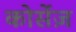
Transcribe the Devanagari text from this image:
कोर्सेज़